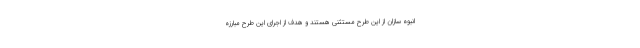
انبوه سازان از این طرح مستثنی هستند و هدف از اجرای این طرح مبارزه